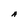
Character: A